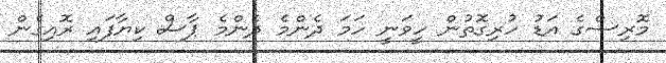
މޮރިސްގެ އަޑު ހުރިގޮތުން ހީވަނީ ހަމަ ދެންމެ ދެންމެ ޕާސް ކިޔާފައި ރޮއިގެން